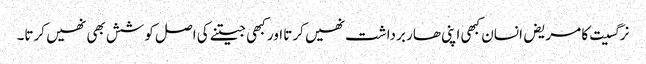
نرگسیت کا مریض انسان کبھی اپنی ھار برداشت نھیں کرتا اور کبھی جیتنے کی اصل کوشش بھی نھیں کرتا۔